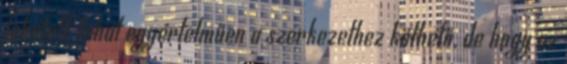
lehetett, tehát egyértelműen a szerkezethez köthető, de hogy az